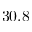
3 0 . 8